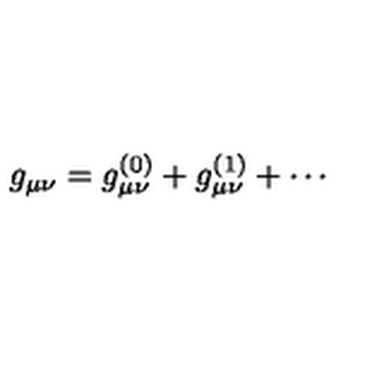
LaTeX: g _ { \mu \nu } = g _ { \mu \nu } ^ { ( 0 ) } + g _ { \mu \nu } ^ { ( 1 ) } + \cdots